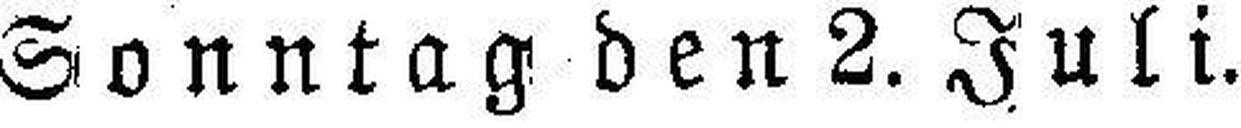
Sonntag den 2. Juli.